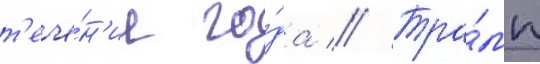
т'ече́н'ие го́да // Тра́мп